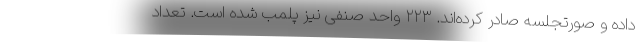
داده و صورتجلسه صادر کرده‌اند. ۲۲۳ واحد صنفی نیز پلمب شده است. تعداد